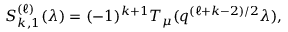
S _ { k , 1 } ^ { ( \ell ) } ( \lambda ) = ( - 1 ) ^ { k + 1 } T _ { \mu } ( q ^ { ( \ell + k - 2 ) / 2 } \lambda ) ,